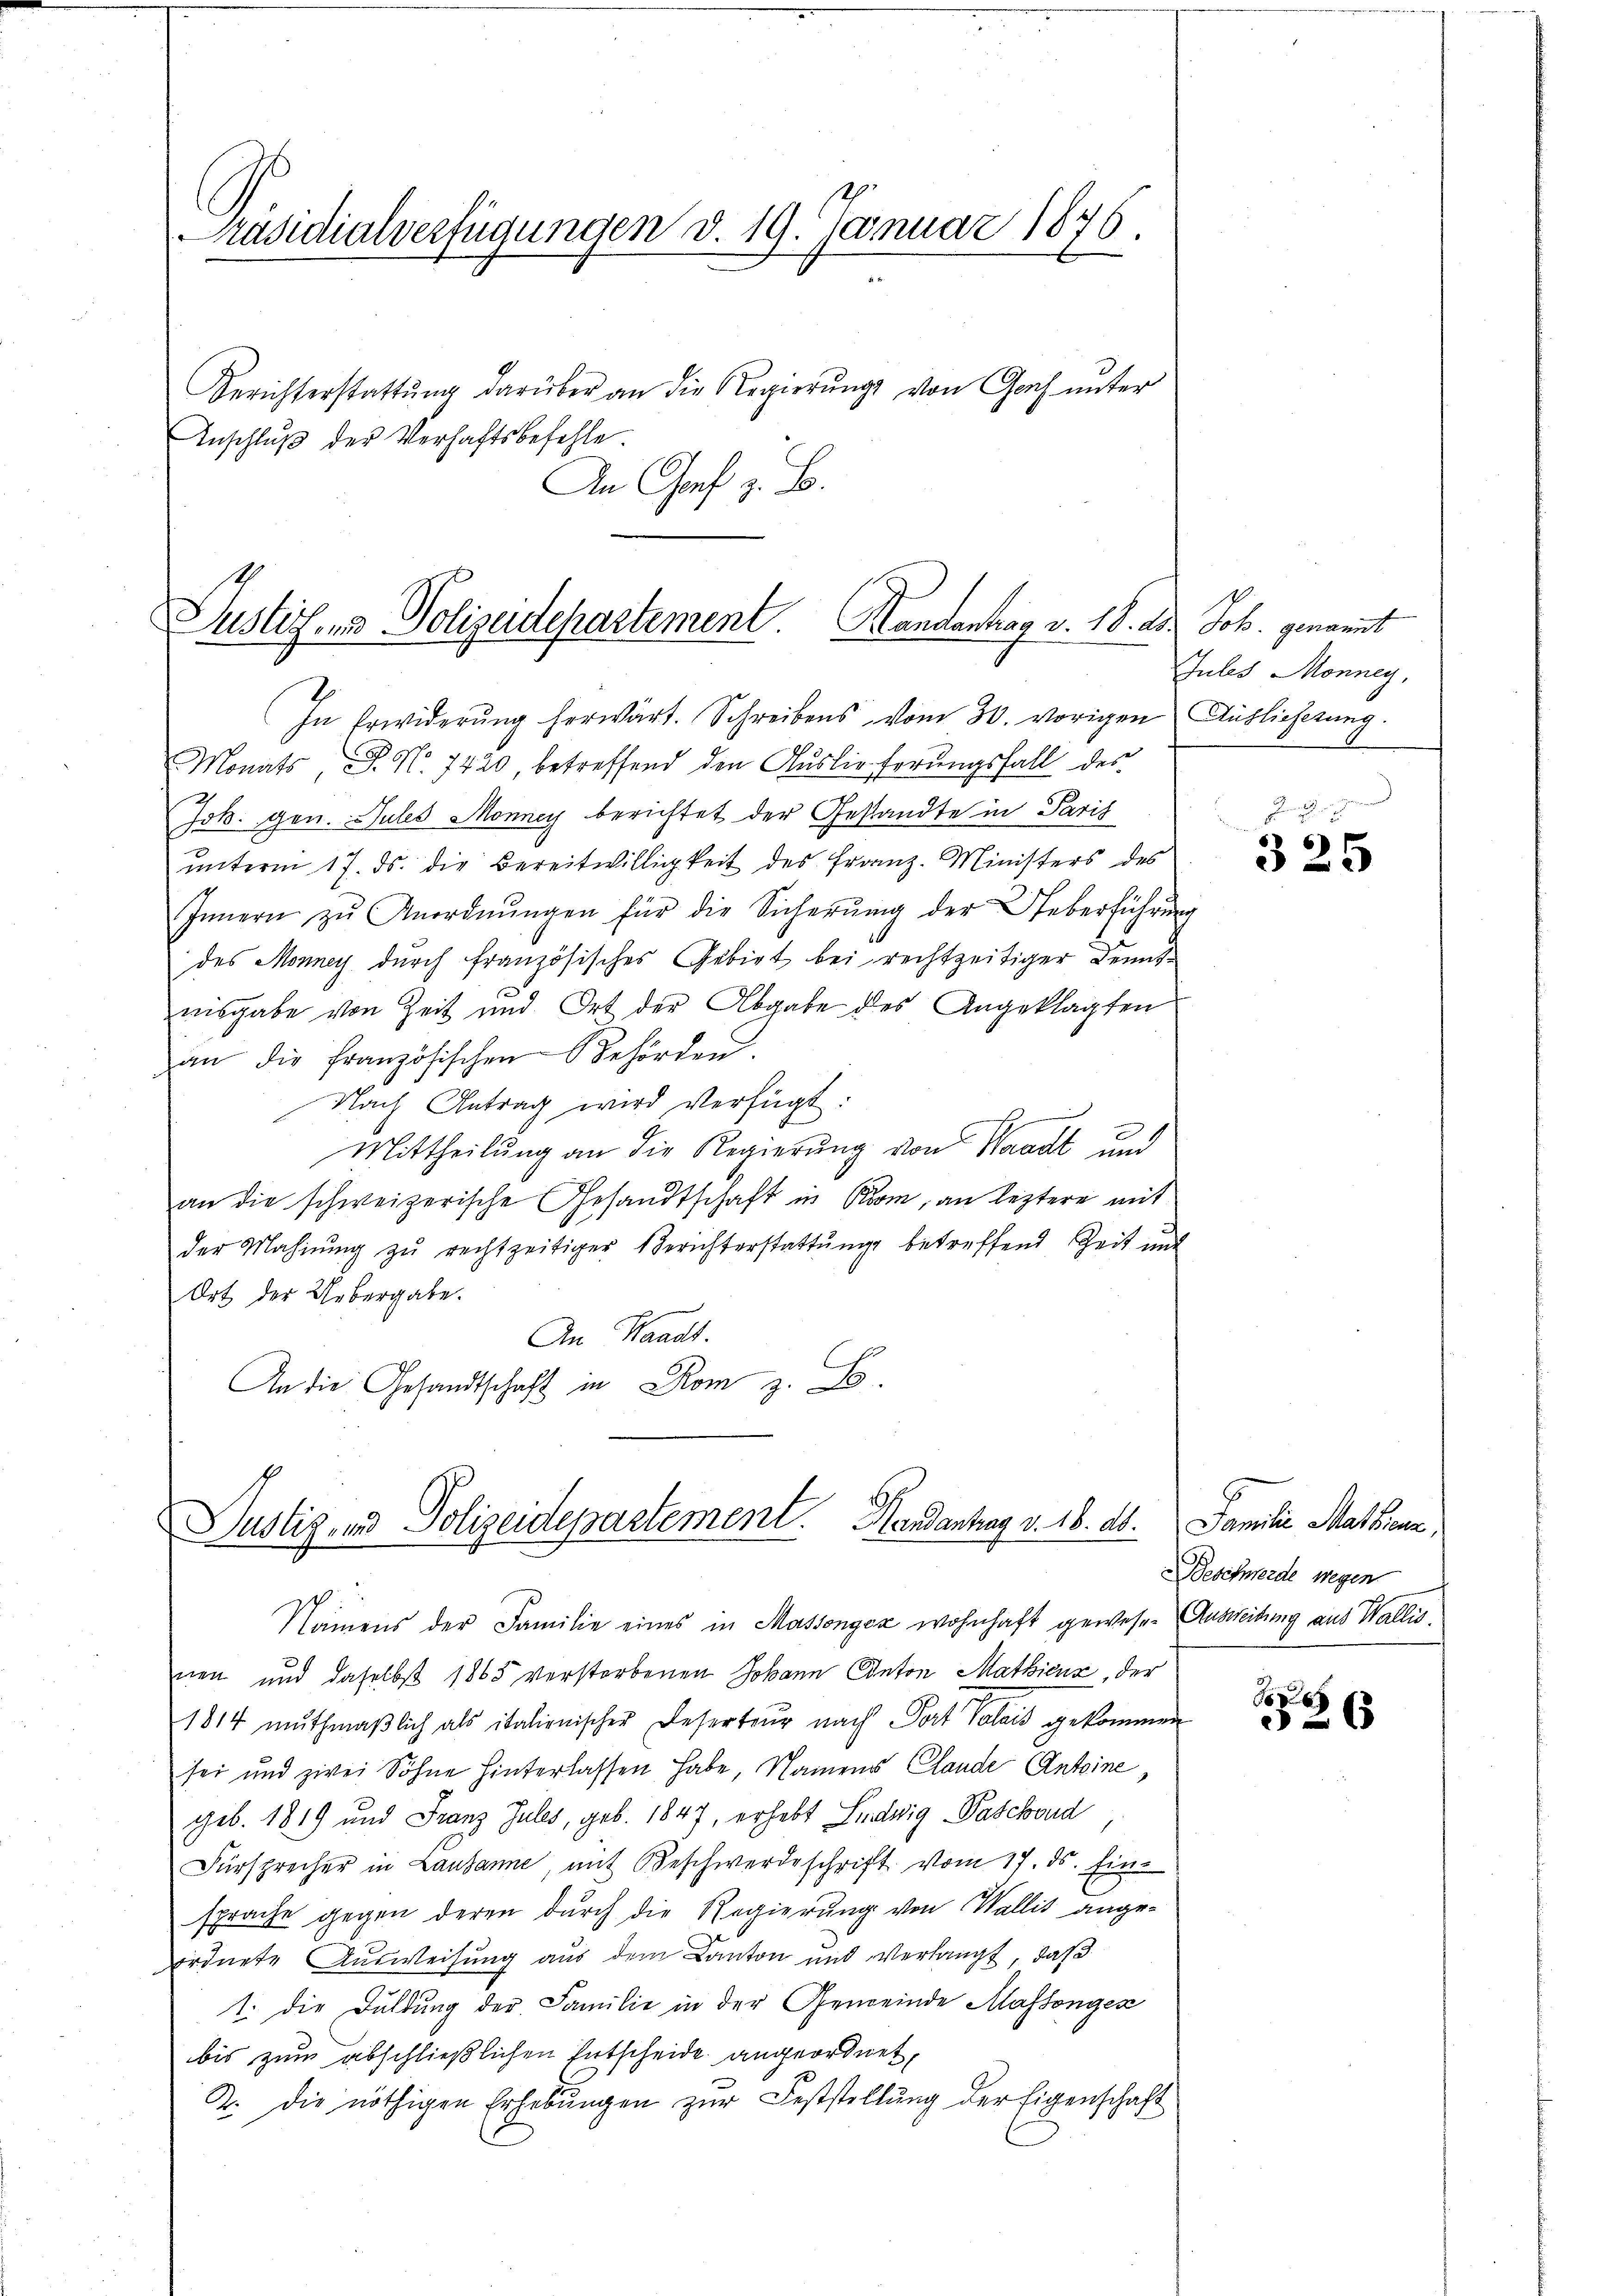
Präsidialverfügungen d. 19. Januar 1846.

Berichterstattung darüber an die Regierungs von Genf unter
Inschluß der Verhaftsbefehle.
An Genf z. B.

lustiz- und Polizeidepartement. Handantrag v. 18. ds. Joh. genannt

In Erwiderung herwärt. Schreibens vom 30. vorigen Auslieferung.
Monats, P. No. 7420 betreffend den Auslieferungsfall des
Job. gen. Jules Monney berichtet der Gestandte in Paris
unterm 17. ds. die Bereitwilligkeit des Franz-Ministers des
Innern zŭ Anordnŭngen für die Sicherŭng der Ueberführŭng
des Monney durch französisches Gebiet bei rechtzeitiger Kenntnisgabe von Zeit und Ort der Abgabe des Angeklagten
an die französischen Behörden.
Nach Antrag wird verfügt:
Mittheilung an die Regierung von Waadt und
an die schweizerische Gesandtschaft in Kron, an leztere mit
der Mahnŭng zŭ rechtzeitiger Berichterstattŭng betreffend Zeit und
Ort der Uebergabe.
An Waadt.
An die Gesandtschaft in Rom z. B.

Justiz- und Polizeidepartement. Handantrag v. 18. ds.

Namens der Familie eines in Massonyca wohnhaft gewesen Ausweisung aus Wallis.
nen und daselbst 1865 verstorbenen Johann Anton Mathienz, der
1814 mŭthmaßlich als italienischer Deserteur nach Port Valais gekommen
sei und zwei Söhne hinterlassen habe, Namens Claude Antoine,
geb. 1819 und Franz Jules, geb. 1847, erhebt Ludwig - Paschend
Fürsprecher in Lausanne, mit Beschwerdeschrift vom 17. ds. Ein-
sprache gegen deren durch die Regierung von Wallis ange-
ordnete Ausweisung aus dem Canton und Verlangt, daß
1. die Duldung der Familie in der Gemeinde Massonges
bis zum abschließlichen Entscheide angeordnet,
2. die nöthigen Erhebŭngen zŭr Feststellŭng der Eigenschaft

Jules Monney,

325

Familie Mattann
Beschwerde wegen

6
26